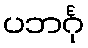
ပဘင်္ဂု